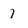
Character: 7